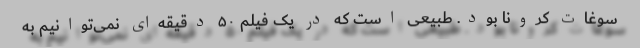
سوغات کرونا بود. طبیعی است که در یک فیلم ۵۰ دقیقه‌ای نمی‌توانیم به